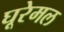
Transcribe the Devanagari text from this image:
घूरेमल